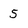
Character: 5